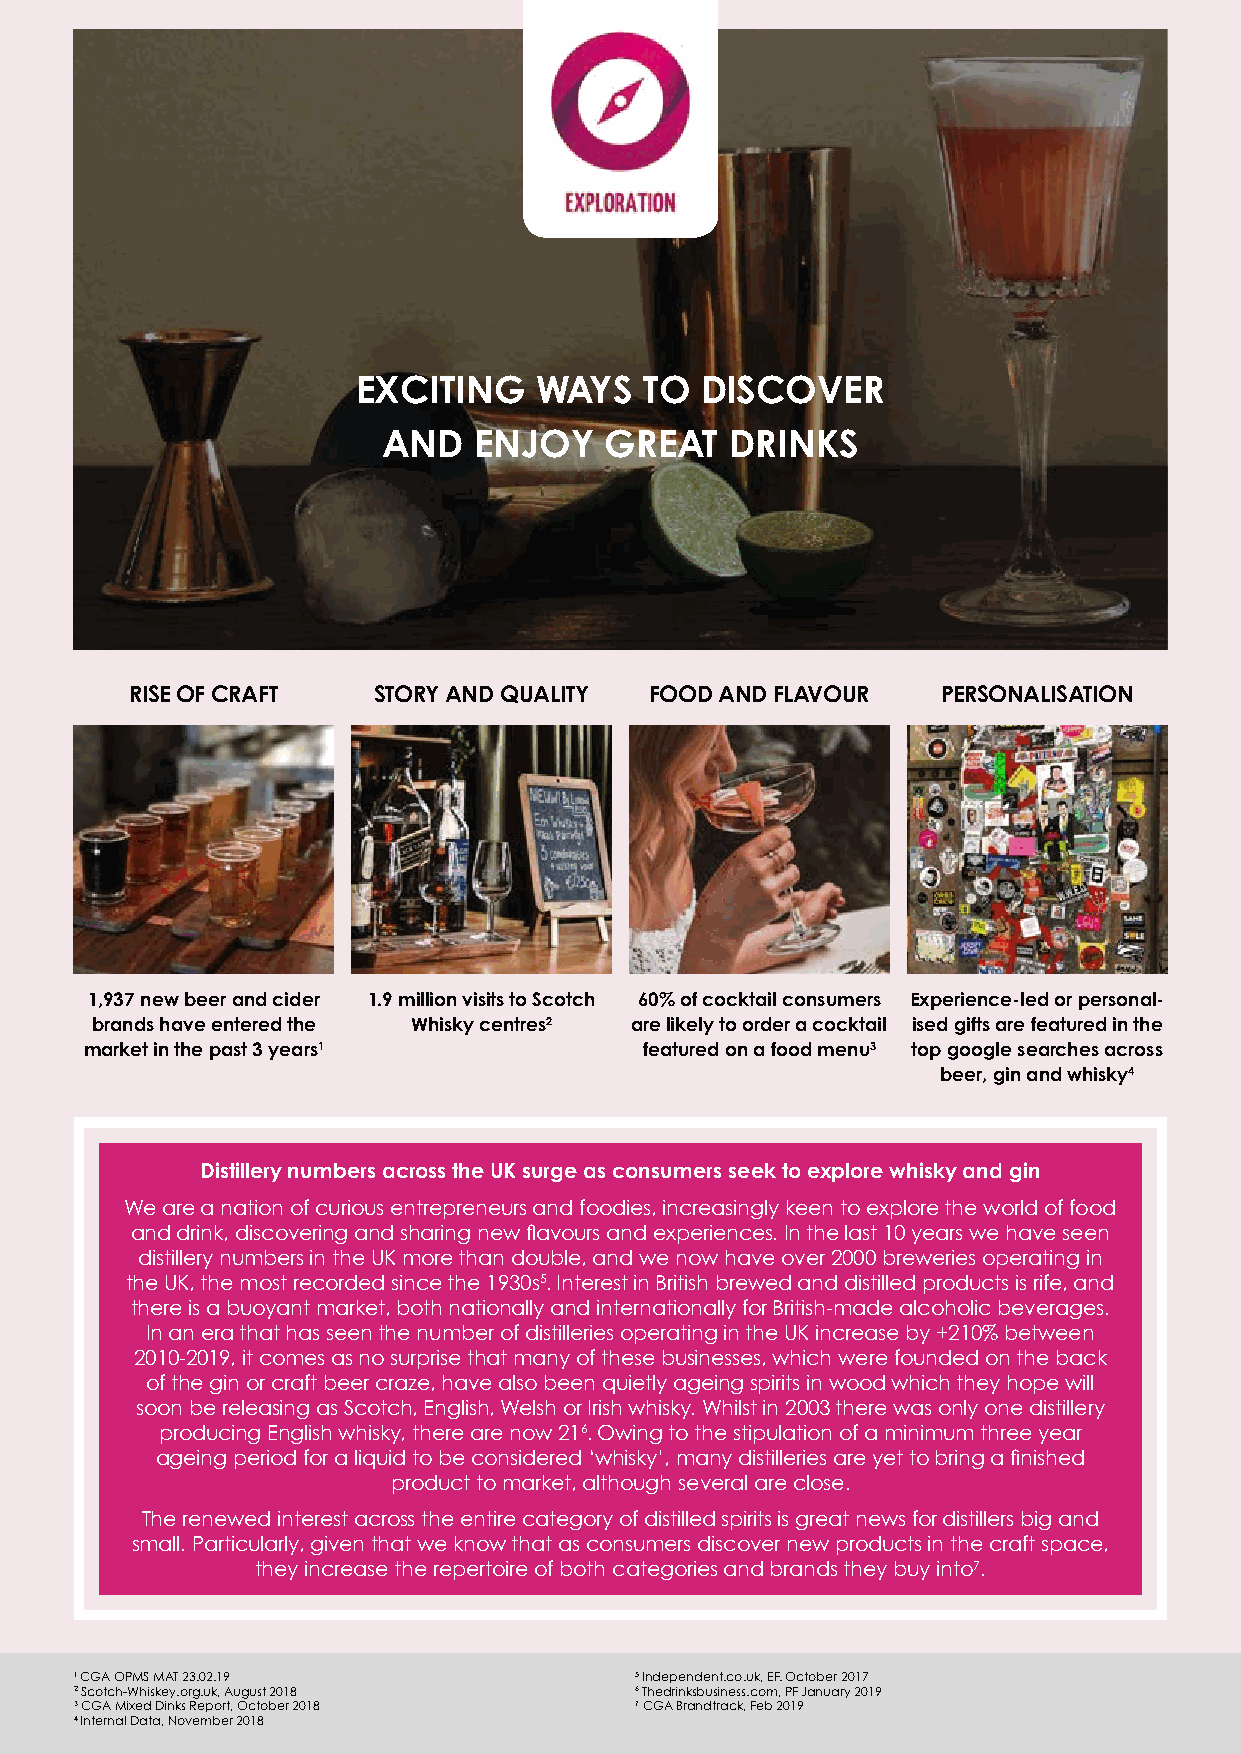
e
 EXCITING    WAYS   TO DISCOVER
 AND   ENJOY    GREAT   DRINKS
 RISE OF CRAFT   STORY AND QUALITY FOOD AND FLAVOUR   PERSONALISATION
 1,937 new beer and cider 1.9 million visits to Scotch 60% of cocktail consumers Experience-led or personal-
 brands have entered the Whisky centres2 are likely to order a cocktail ised gifts are featured in the
 market in the past 3 years1          featured on a food menu3 top google searches across
 beer, gin and whisky4
 Distillery numbers across the UK surge as consumers seek to explore whisky and gin
 We are a nation of curious entrepreneurs and foodies, increasingly keen to explore the world of food
 and drink, discovering and sharing new flavours and experiences. In the last 10 years we have seen
 distillery numbers in the UK more than double, and we now have over 2000 breweries operating in
 the UK, the most recorded since the 1930s5. Interest in British brewed and distilled products is rife, and
 there is a buoyant market, both nationally and internationally for British-made alcoholic beverages.
 In an era that has seen the number of distilleries operating in the UK increase by +210% between
 2010-2019, it comes as no surprise that many of these businesses, which were founded on the back
 of the gin or craft beer craze, have also been quietly ageing spirits in wood which they hope will
 soon be releasing as Scotch, English, Welsh or Irish whisky. Whilst in 2003 there was only one distillery
 producing English whisky, there are now 216. Owing to the stipulation of a minimum three year
 ageing period for a liquid to be considered ‘whisky’, many distilleries are yet to bring a finished
 product to market, although several are close.
 The renewed interest across the entire category of distilled spirits is great news for distillers big and
 small. Particularly, given that we know that as consumers discover new products in the craft space,
 they increase the repertoire of both categories and brands they buy into7.
 1 C GA OPMS MAT 23.02.19             5 Independent.co.uk, EF. October 2017
 2 Scotch-Whiskey.org.uk, August 2018 6 Thedrinksbusiness.com, PF January 2019
 3 CGA Mixed Dinks Report, October 2018 7 CGA Brandtrack, Feb 2019
 4 Internal Data, November 2018